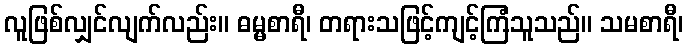
လူဖြစ်လျှင်လျက်လည်း။ ဓမ္မစာရီ၊ တရားသဖြင့်ကျင့်ကြံသူသည်။ သမစာရီ၊